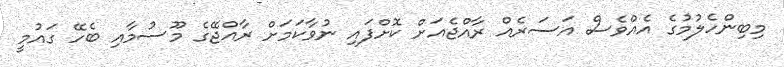
މިބިންހެލުމުގެ އެއްވެސް އަސަރެއް ރާއްޖެއަށް ކޮށްފައި ނުވާކަމަށް ރާއްޖޭގެ މޫސުމާއި ބެހޭ ގައުމީ